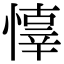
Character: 𢡇